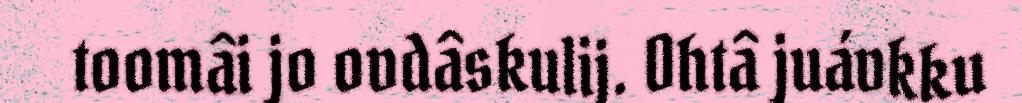
toomâi jo ovdâskulij. Ohtâ juávkku